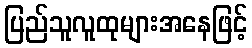
ပြည်သူလူထုများအနေဖြင့်